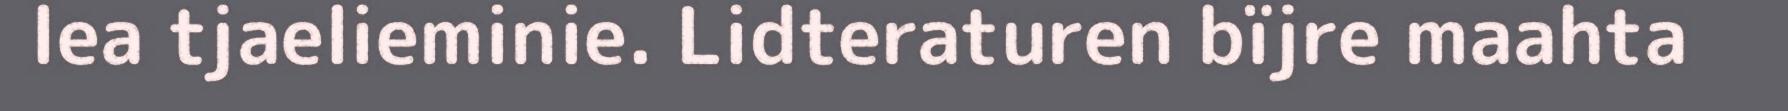
lea tjaelieminie. Lidteraturen bïjre maahta